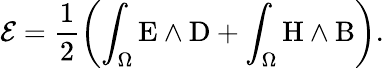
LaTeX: \mathcal{E}=\frac{1}{2}\left(\int_{\Omega}\mathrm{E}\wedge\mathrm{D}+\int_{\Omega}\mathrm{H}\wedge\mathrm{B}\right).